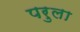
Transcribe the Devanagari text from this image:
परुला